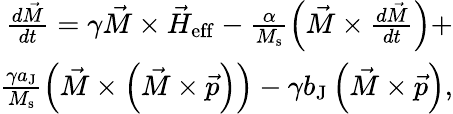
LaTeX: \begin{array}{r}{\frac{d\vec{M}}{dt}=\gamma\vec{M}\times\vec{H}_{\mathrm{eff}}-\frac{\alpha}{M_{\mathrm{s}}}\left(\vec{M}\times\frac{d\vec{M}}{dt}\right)+}\\ {\frac{\gamma a_{\mathrm{J}}}{M_{\mathrm{s}}}\left(\vec{M}\times\left(\vec{M}\times\vec{p}\right)\right)-\gamma b_{\mathrm{J}}\left(\vec{M}\times\vec{p}\right),}\end{array}